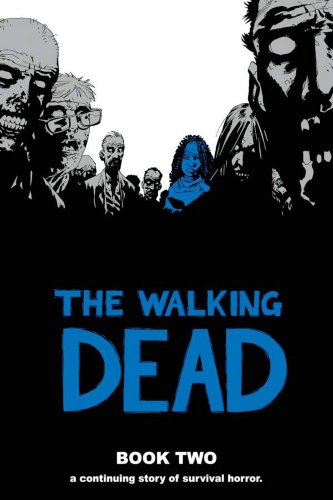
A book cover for The Walking Dead, Book 2; Robert Kirkman; Comics & Graphic Novels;